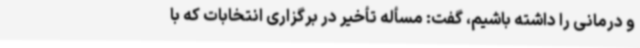
و درمانی را داشته باشیم، گفت: مسأله تأخیر در برگزاری انتخابات که با